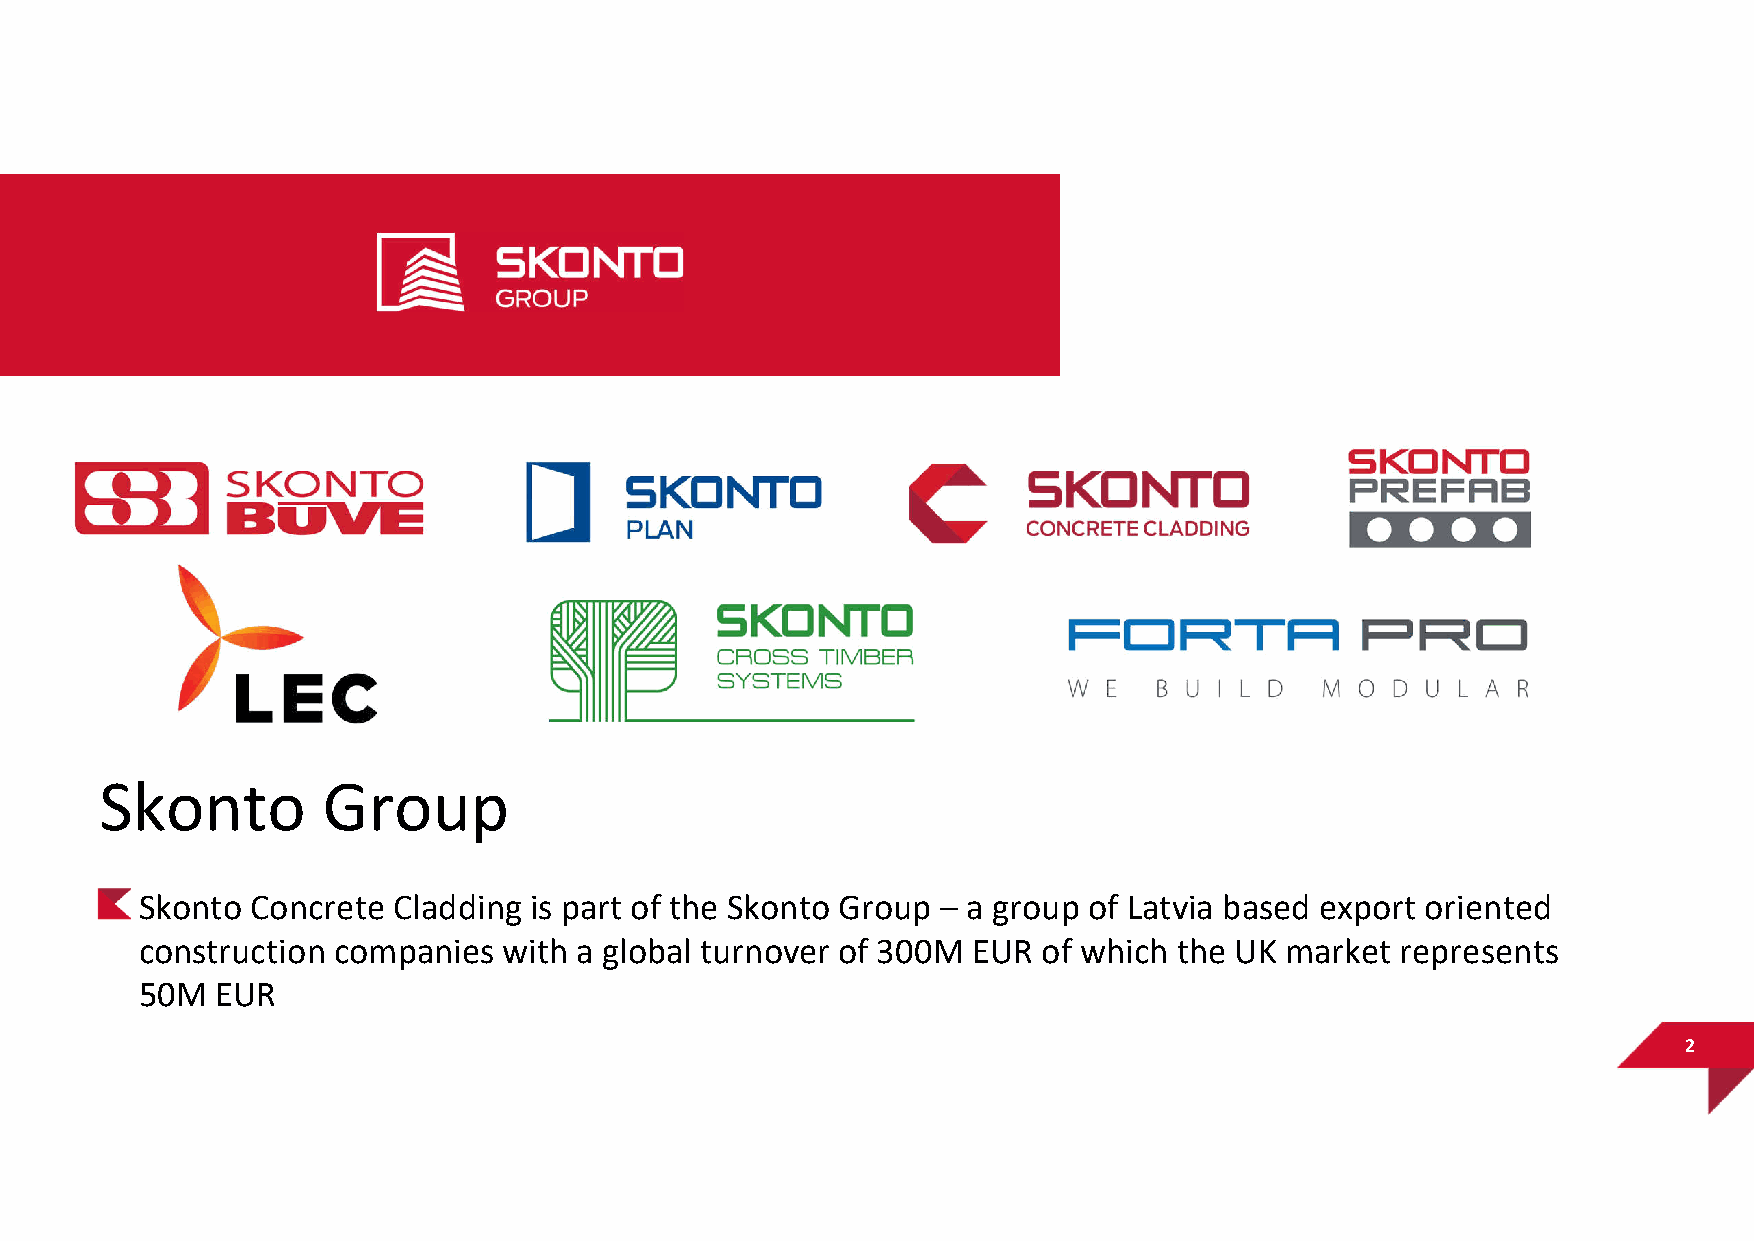
Skonto        Group
 Skonto  Concrete Cladding is part of the Skonto Group – a group of Latvia based export oriented
 construction companies  with a global turnover of 300M EUR  of which the UK market  represents
 50M  EUR
 2